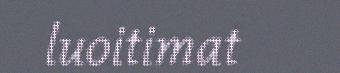
luoitimat